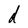
Character: d